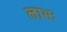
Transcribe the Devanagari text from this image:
लाभः